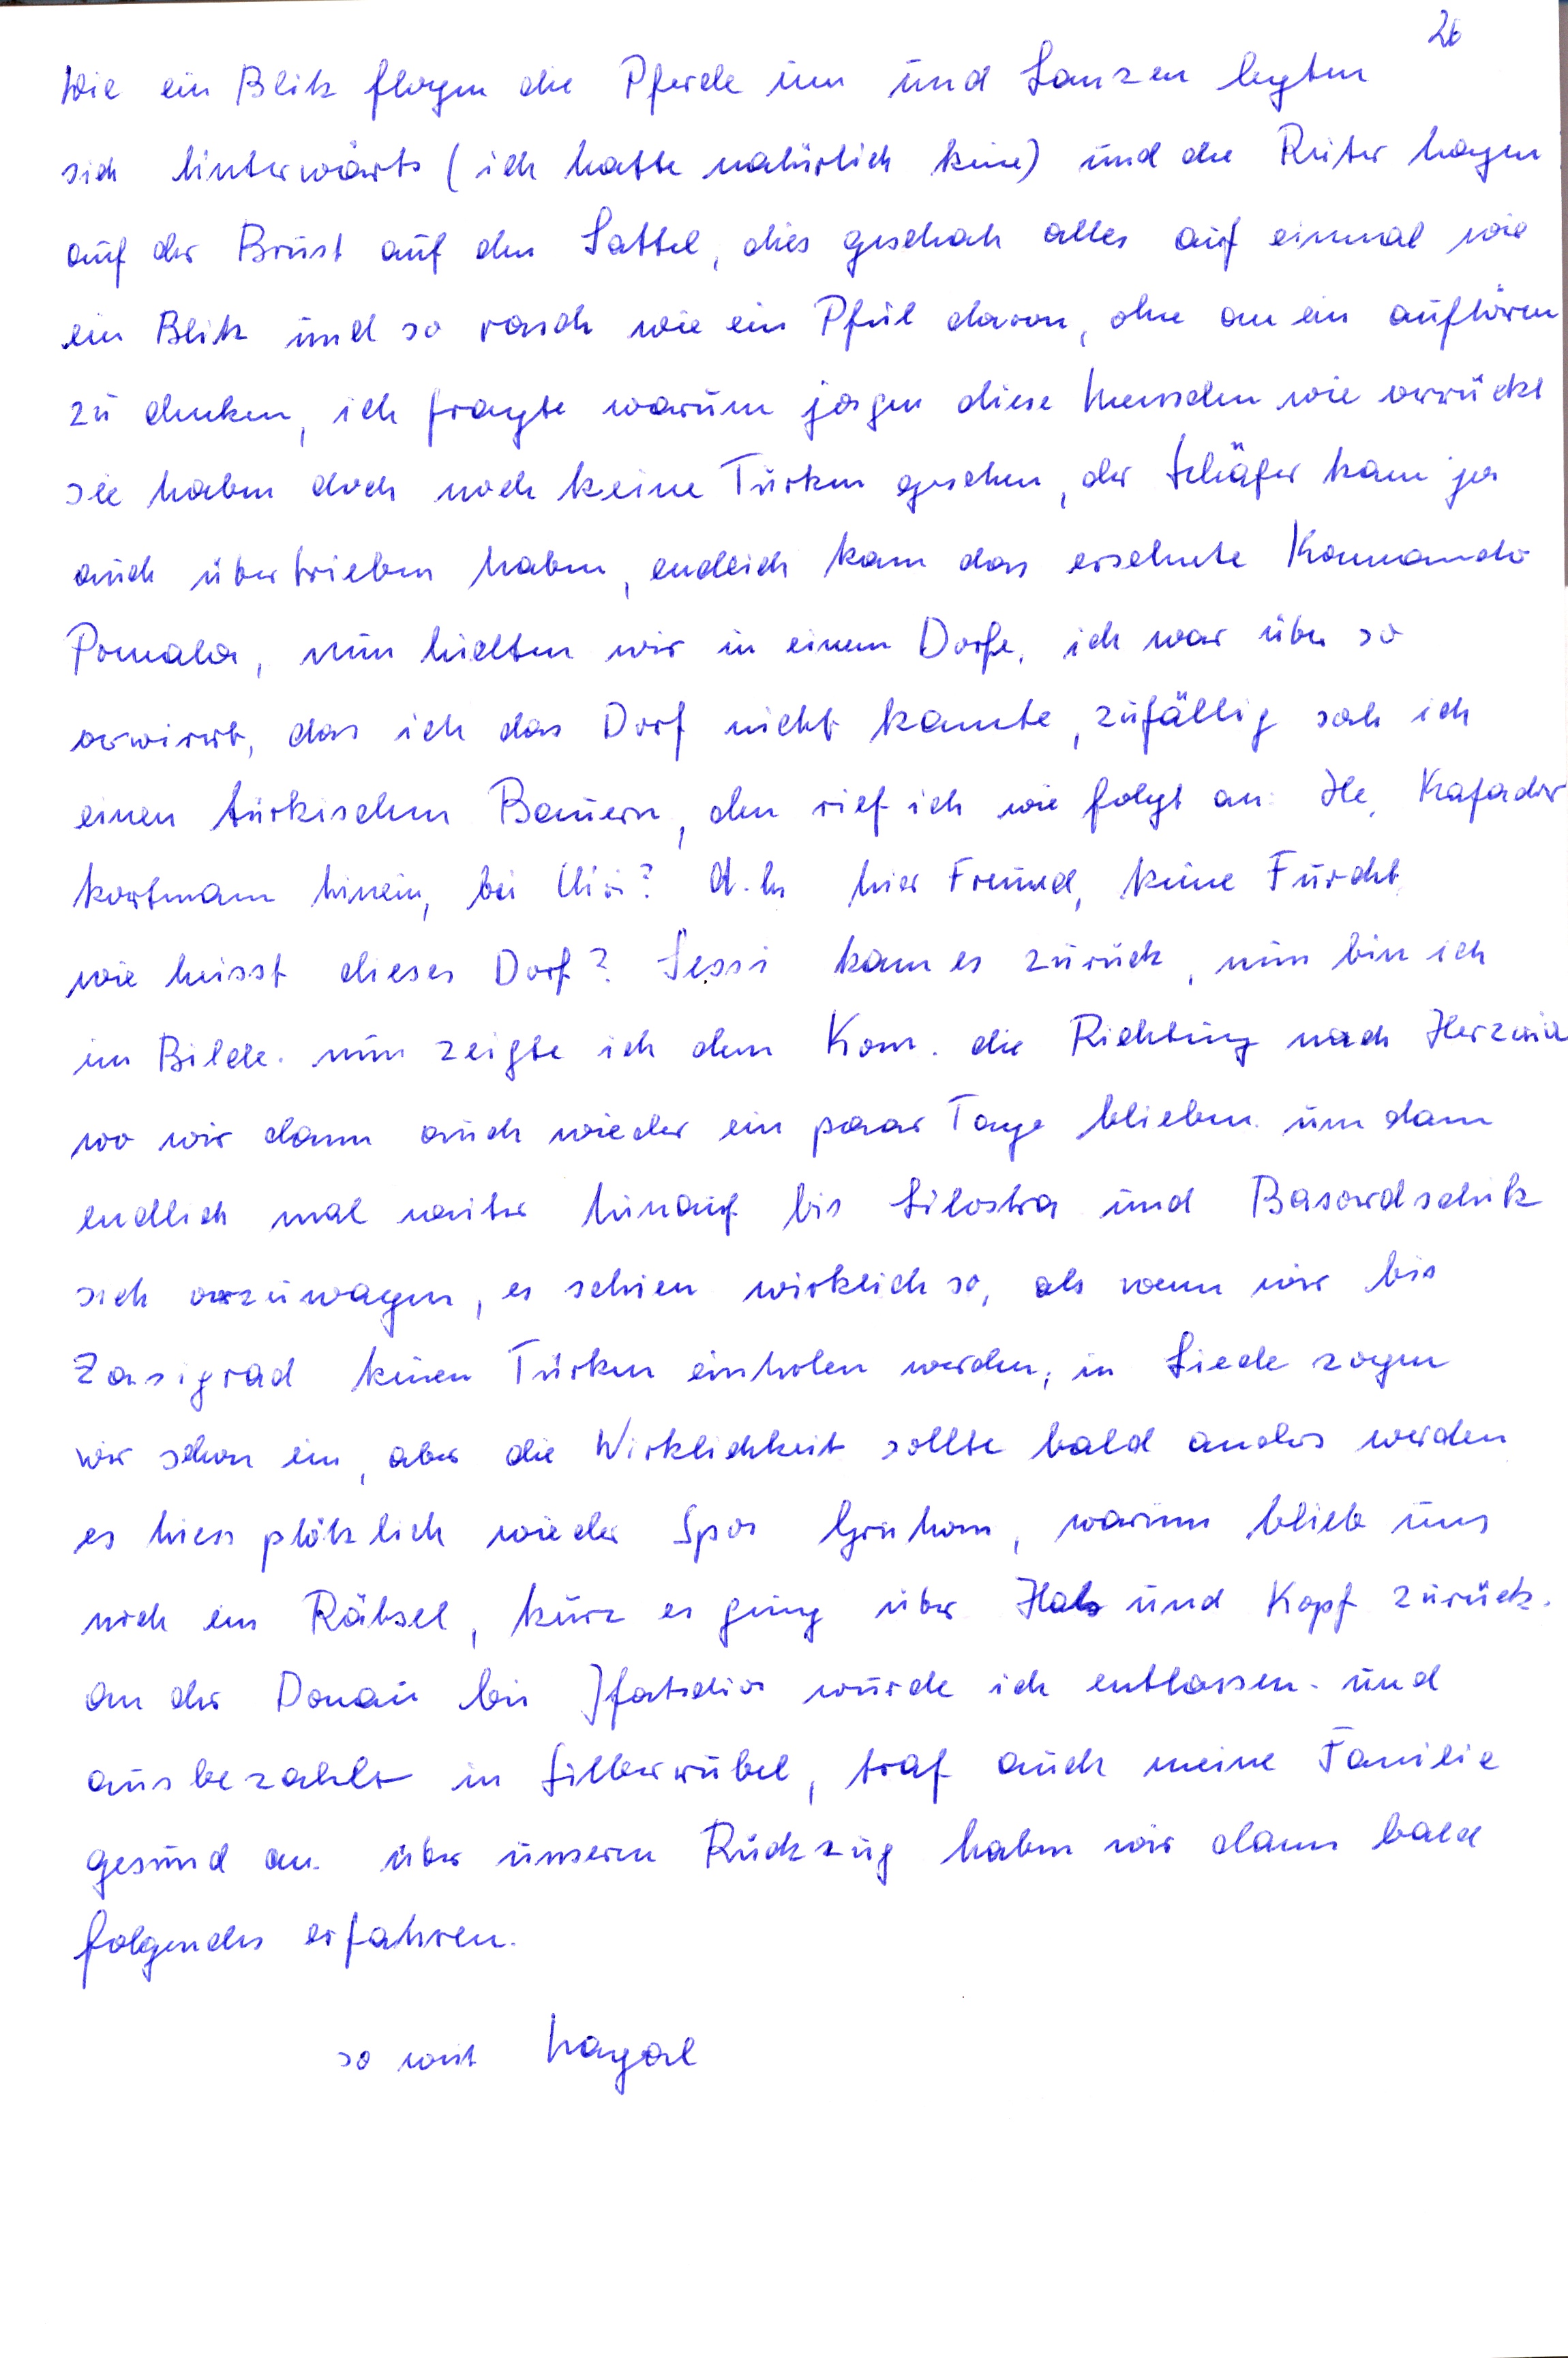
26
Wie ein Blitz flogen die Pferde um und Lanzen lyten
sich hnterwarts (ich hatte natürlich kein) und die Ruter hagen
auf der Brust auf den Sattel, dies geschah alles auf einmal wie
ein Blitz und so rasch wie ein Pfel davon ohn an ein auftören
zu denken ich fragte warum jagen diese Menschen wie verrückt
sle haben doch noch keine Turken gesehen der Schafer kam ja
auch übertrieben haben endeich kam das ersehnte Kommndo
Pomala, nun heieten wir in einem Dorfe, ich war über so
verwirrt, das ich das Dorf nicht kannte zufällig sah ich
einen türkischen Bauern, den rief ich wie folgt an de Kafader
kortman hinein, bei Aio? A. hi hier Freund, keine Furcht
wie heisst dieses Dorf ? Sesss kamnes zurück nun bin ich
im Bilde nun zeigte ich dem Kom. die Richting nach Herzwia
wo wir dann auch wieder ein paar Tage blieben um dann
endlich mal weiter hinauf bis Lilostra und Basodschik
sich vorzuwagen, es sehien wirklich so, als wenn wir bis
Zasigrad keinen Türken einholen werden, in Liede zogen
wir schon ein aber die Wirklichkeit sollte bald anders werden
es hiess plötzlich wieder Spor Gruha warum blieb uns
noch ein Räbsel kurz es gung über Hal und Kopf zurück.
an der Donau bei Ifatscho wurde ich entlassen- und
ausbezahlt in Filberrubel traf auch meine Familie
gesund an über unserem Rückzug haben wir dann bald
folgendes erfahren.
so weit Nayal